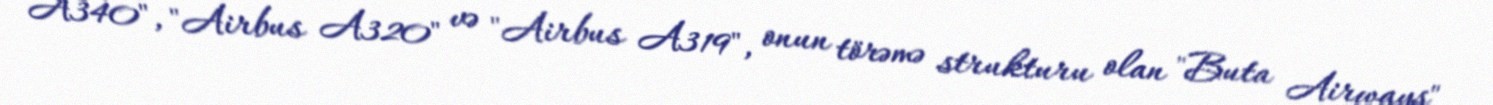
A340", "Airbus A320" və "Airbus A319", onun törəmə strukturu olan "Buta Airways"